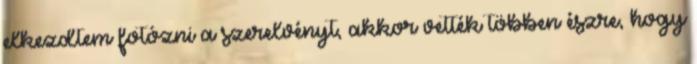
elkezdtem fotózni a szerelvényt, akkor vették többen észre, hogy